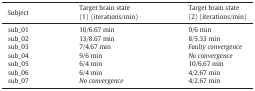
<table><thead><tr><td><b>Subject</b></td><td><b>Target brain state (1) (iterations/min)</b></td><td><b>Target brain state (2) (iterations/min)</b></td></tr></thead><tbody><tr><td>sub_01</td><td>10/6.67 min</td><td>9/6 min</td></tr><tr><td>sub_02</td><td>13/8.67 min</td><td>8/5.33 min</td></tr><tr><td>sub_03</td><td>7/4.67 min</td><td><i>Faulty convergence</i></td></tr><tr><td>sub_04</td><td>9/6 min</td><td><i>No convergence</i></td></tr><tr><td>sub_05</td><td>6/4 min</td><td>10/6.67 min</td></tr><tr><td>sub_06</td><td>6/4 min</td><td>4/2.67 min</td></tr><tr><td>sub_07</td><td><i>No convergence</i></td><td>4/2.67 min</td></tr></tbody></table>